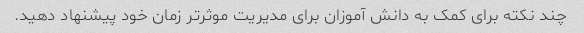
چند نکته برای کمک به دانش آموزان برای مدیریت موثرتر زمان خود پیشنهاد دهید.